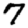
Digit: 7